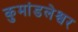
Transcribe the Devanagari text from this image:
कुमांडलेश्वर